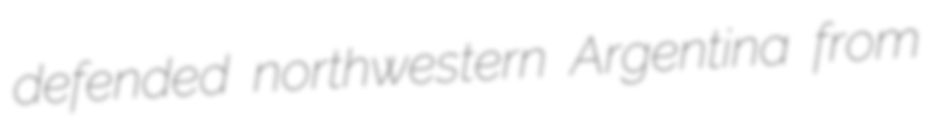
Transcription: defended northwestern Argentina from